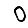
Digit: 0